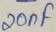
Text: 20nF